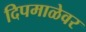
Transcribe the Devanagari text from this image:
दिपमाळेवर